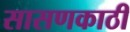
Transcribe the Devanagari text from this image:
सासणकाठी